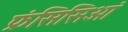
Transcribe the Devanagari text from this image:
फ्रंसिसिओं